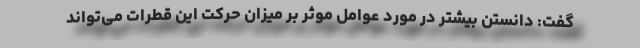
گفت: دانستن بیشتر در مورد عوامل موثر بر میزان حرکت این قطرات می‌تواند